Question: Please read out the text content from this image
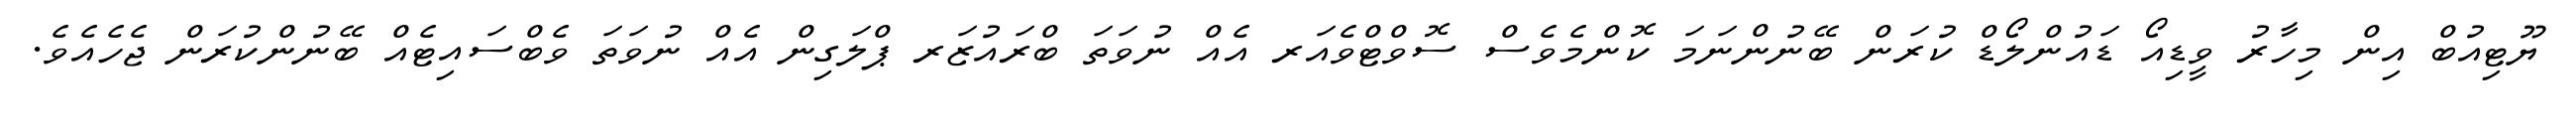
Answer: ޔޫޓިއުބް އިން މިހާރު ވީޑިއޯ ޑައުންލޯޑް ކުރަން ބޭނުންނަމަ ކޮންމެވެސް ސޮވްޓްވެއަރ އެއް ނުވަތަ ބްރައުޒަރ ޕްލަގިން އެއް ނުވަތަ ވެބްސައިޓެއް ބޭނުންކުރަން ޖެހެއެވެ.